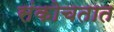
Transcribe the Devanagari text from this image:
संकोचतात